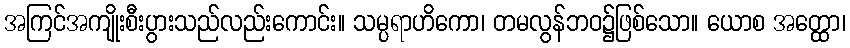
အကြင်အကျိုးစီးပွားသည်လည်းကောင်း။ သမ္ပရာဟိကော၊ တမလွန်ဘဝ၌ဖြစ်သော။ ယောစ အတ္ထော၊